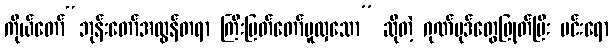
ကိုယ်တော်“ဘုန်းတော်အလွန်တရာ ကြီးမြတ်တော်မူလှသော” ဆိုတဲ့ ဂုဏ်ပုဒ်တွေဖြုတ်ပြီး မင်းရော